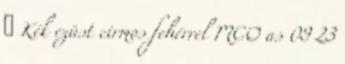
♂ Kék ezüst cirmos fehérrel MCO as 09 23